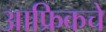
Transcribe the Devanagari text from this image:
आफ्रिकचे